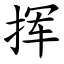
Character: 挥